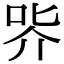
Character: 㖎